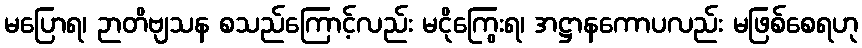
မပြောရ၊ ဉာတိဗျသန စသည်ကြောင့်လည်း မငိုကြွေးရ၊ အဋ္ဌာနကောပလည်း မဖြစ်စေရဟု